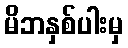
မိဘနှစ်ပါးမှ